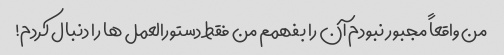
من واقعاً مجبور نبودم آن را بفهمم من فقط دستورالعمل ها را دنبال کردم!